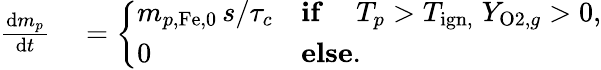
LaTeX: \begin{array}{rl}{\frac{\mathrm{d}m_{p}}{\mathrm{d}t}}&{{}=\left\{ \begin{array}{ll}{m_{p,\mathrm{Fe},0}\, s/\tau_{c}}&{\textbf{if}\quad\; T_{p}>T_{\mathrm{{ign},}}\; Y_{\mathrm{O2},g}>0,}\\ {0}&{\textbf{else}.}\end{array}\right.}\end{array}